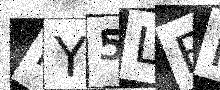
Text: PY5LFK